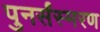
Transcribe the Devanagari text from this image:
पुनर्संस्मरण